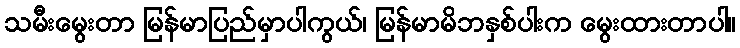
သမီးမွေးတာ မြန်မာပြည်မှာပါကွယ်၊ မြန်မာမိဘနှစ်ပါးက မွေးထားတာပါ။